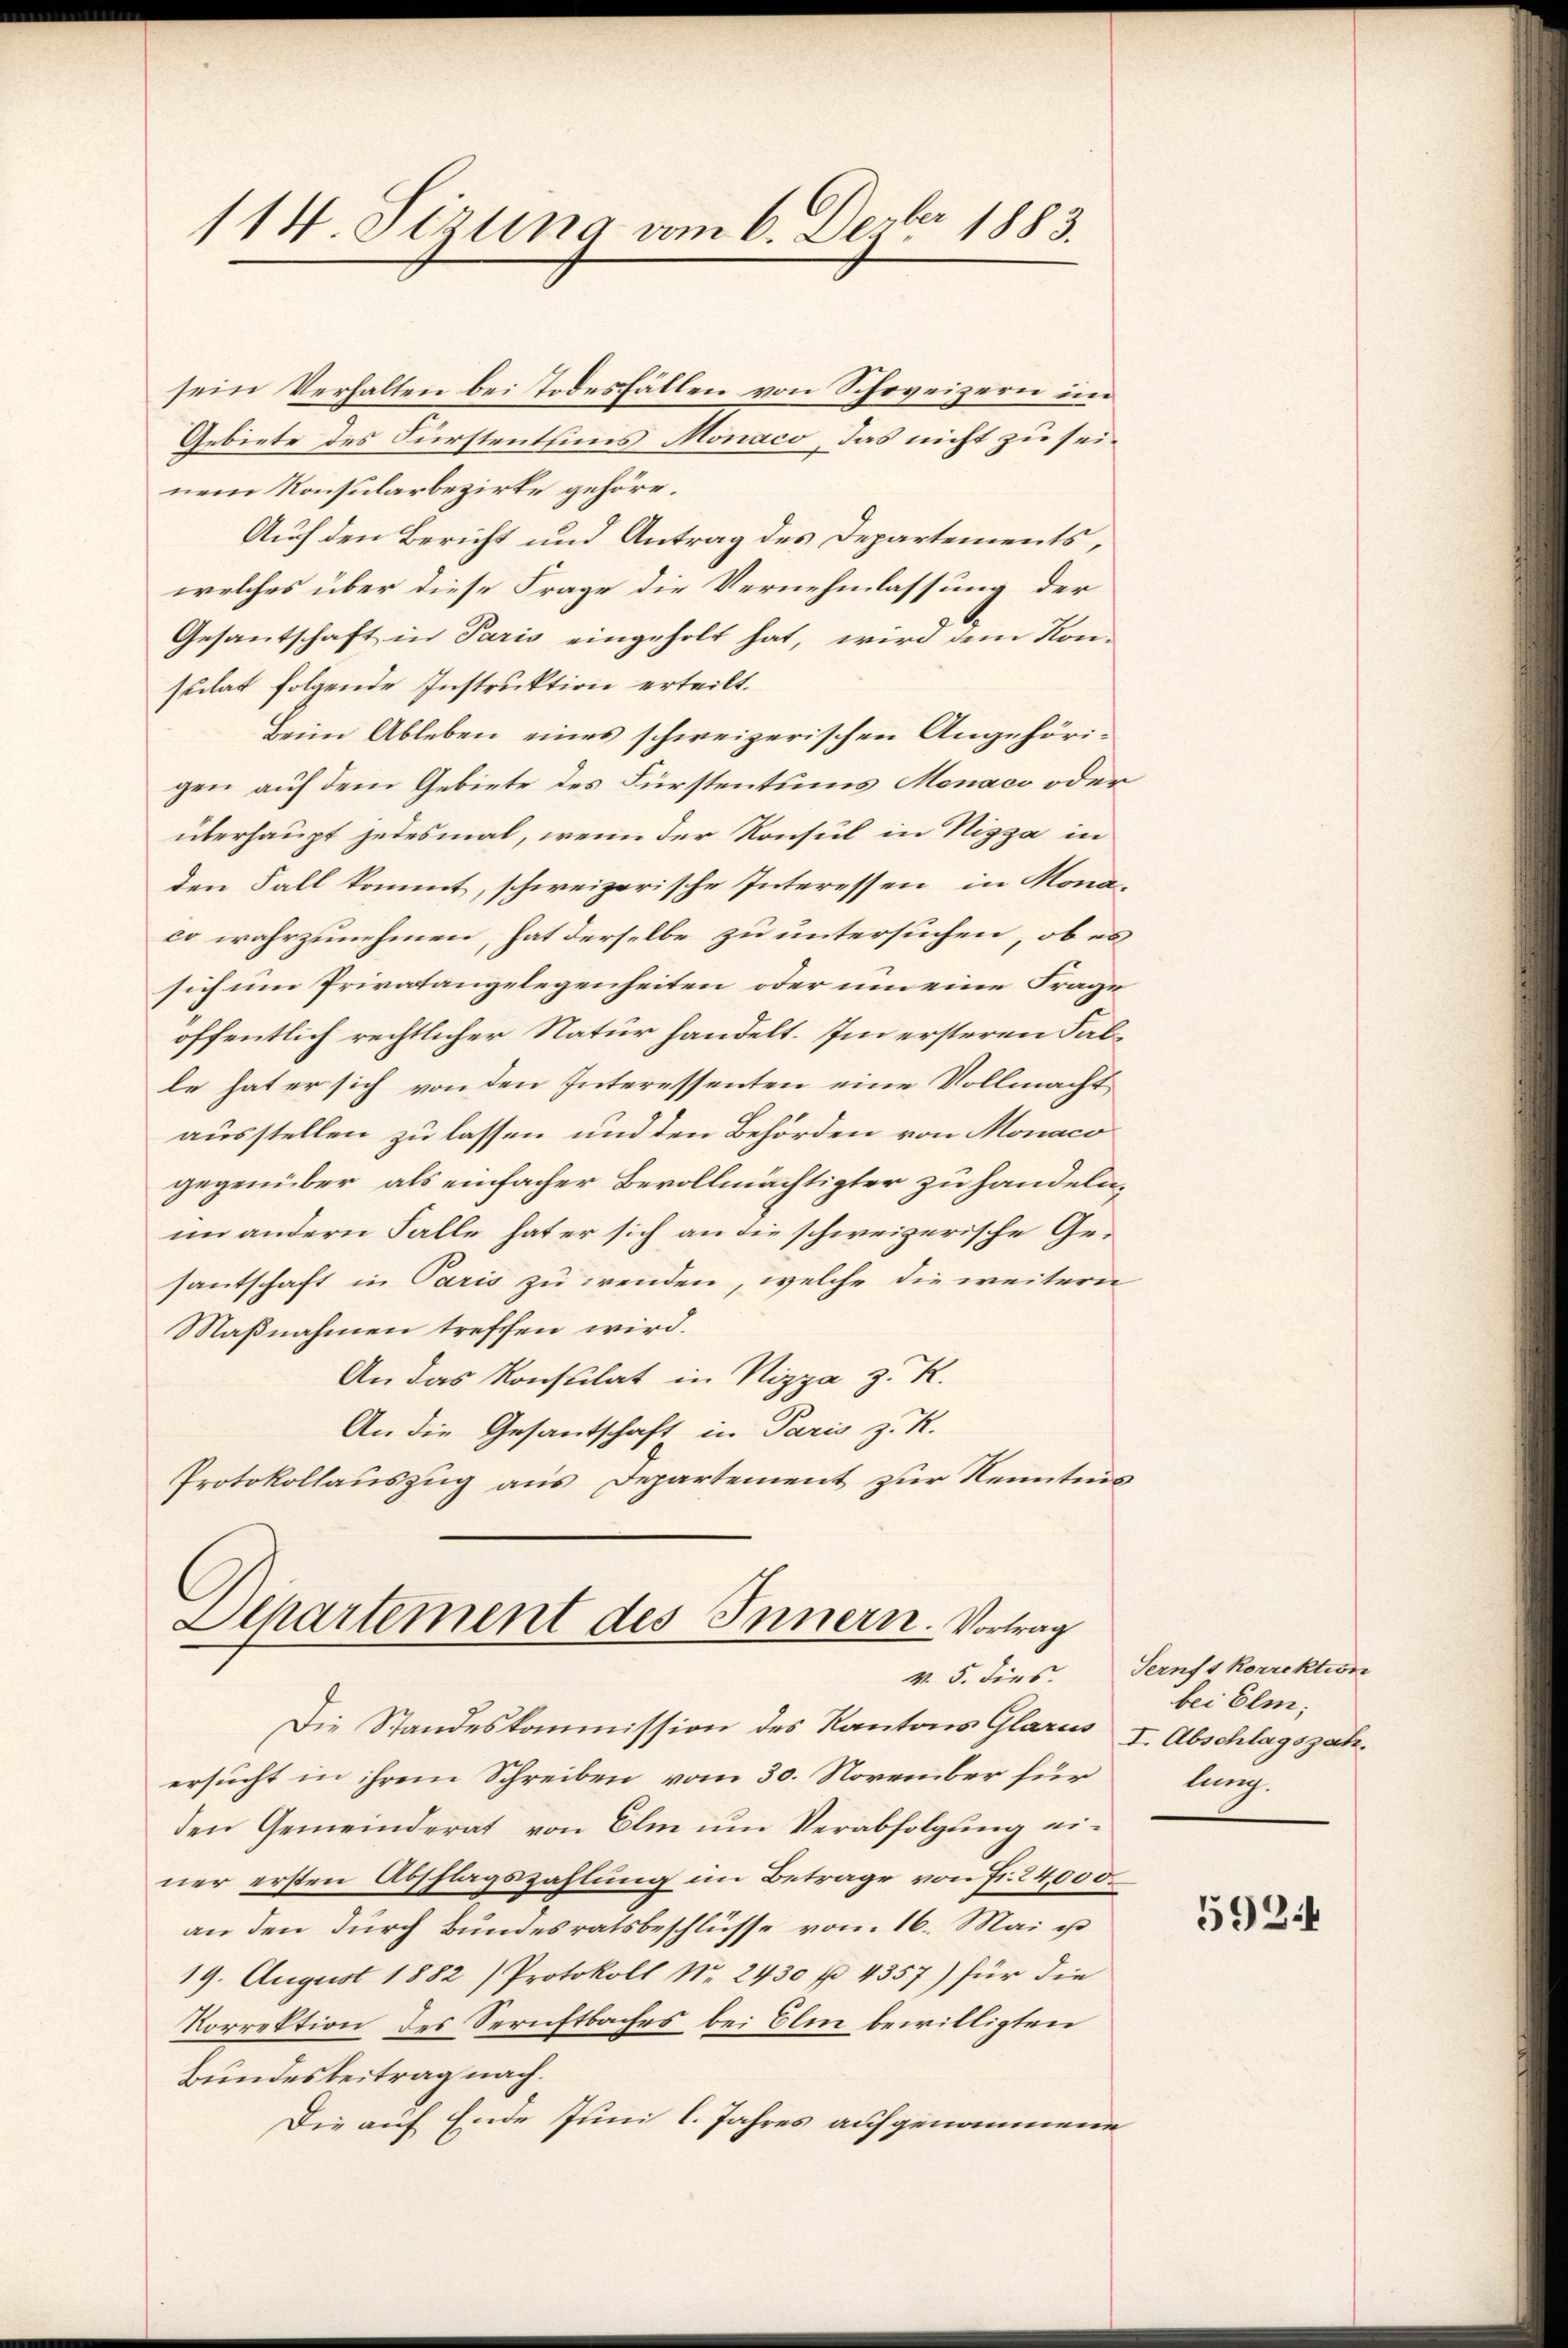
114 Sirung vom 6. Dezbr 1883.

sein Verhalten bei Todesfällen von Schweizern im
Gebiete des Fürstentums Monaco, das nicht zu seinem Konsularbezirke gehöre.
Auf den Bericht und Antrag des Departements,
welches über diese Frage die Vernehmlassung der
Gesantschaft in Paris eingeholt hat, wird dem Kon-
sulat folgende Instruktion erteilt.
Beim Ableben eines schweizerischen Angehörigen auf dem Gebiete des Fürstentums Menaco oder
überhaupt jedesmal, wenn der Konsul in Nizza in
den Fall kommt, schweizerische Interessen in Mona-
co wahrzunehmen, hat derselbe zu untersuchen, ob es
sich um Privatangelegenheiten oder um eine Frage
öffentlich rechtlicher Natur handelt. Im ersteren Falle hat er sich von den Interessenten eine Vollmacht
ausstellen zu lassen und den Behörden von Monaco
gegenüber als einfacher Bevollmächtigter zu handeln,
im andern Falle hat er sich an die schweizerische Gesantschaft in Paris zu wenden, welche die weitern
Maßnahmen treffen wird.
An das Konsulat in Nizza z. R.
An die Gesantschaft in Paris z. R.
Protokollauszug aus Departement zur Kenntnis

Separtement des Innern. Vortrag
v. 5. dies.

Die Standeskommission des Kantons Glarus I. Abschlagszahersucht in ihrem Schreiben vom 30. November für
den Gemeinderat von Elm um Verabfolgung einer ersten Abschlagszahlung im Betrage von Fr. 24,000.
an den durch Bundesratsbeschlüsse vom 16. Mai u
19. August 1882 /Protokoll Nr. 2430 f. 4357) für die
Korrektion des Sernftbaches bei Elen bewilligten
Bundesbeitrag nach.
Die auf Ende Juni l. Jahres aufgenommene

Sernst korrektion
bei Elm;
lung.

5924